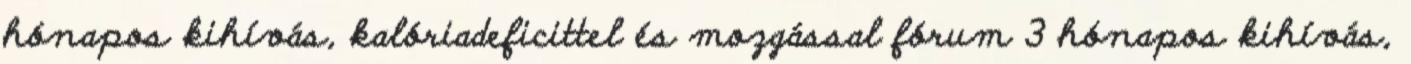
hónapos kihívás, kalóriadeficittel és mozgással fórum 3 hónapos kihívás,